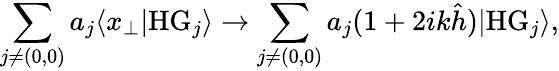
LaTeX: \sum_{j\neq(0,0)}a_{j}\langle x_{\perp}|\mathrm{HG}_{j}\rangle\rightarrow\sum_{j\neq(0,0)}a_{j}(1+2ik\hat{h})|\mathrm{HG}_{j}\rangle,